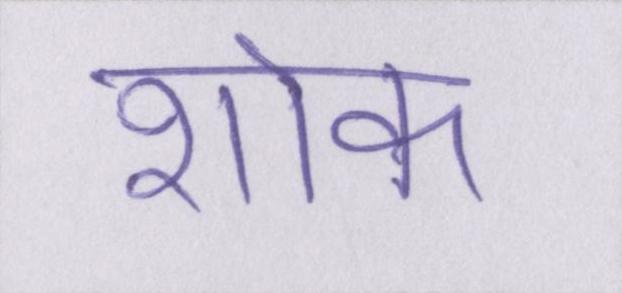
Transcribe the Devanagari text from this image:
शोक